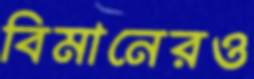
বিমানেরও